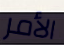
الأمر